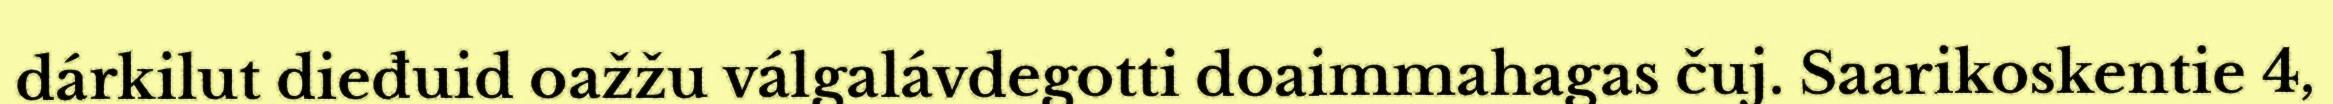
dárkilut dieđuid oažžu válgalávdegotti doaimmahagas čuj. Saarikoskentie 4,